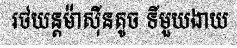
រថយន្តម៉ាស៊ីនតូច ទីមួយងាយ